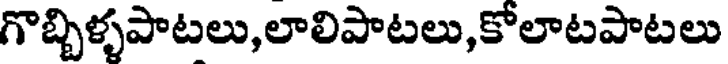
గొబ్బిళ్ళపాటలు,లాలిపాటలు,కోలాటపాటలు